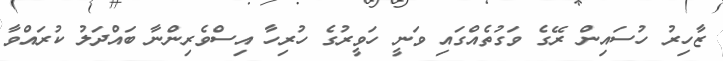
ޒާހިރު ހުސައިން ރޭގެ ވަގުތެއްގައި ވަނީ ހަވީރުގެ ހުރިހާ އިސްވެރިންނާ ބައްދަލު ކުރައްވާ